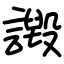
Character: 譭